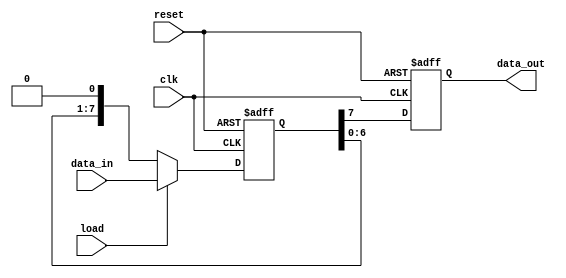
module PISO_Register #(
    parameter WIDTH = 8  // Parameter to define the width of the register
)(
    input wire [WIDTH-1:0] data_in,  // Parallel input data bus
    input wire load,                  // Control signal to load data
    input wire clk,                   // Clock signal
    input wire reset,                 // Asynchronous reset signal
    output reg data_out               // Serial output data line
);

    reg [WIDTH-1:0] shift_reg;        // Internal shift register
    integer i;                         // Loop variable for shifting

    // Asynchronous reset and load operation
    always @(posedge clk or posedge reset) begin
        if (reset) begin
            shift_reg <= {WIDTH{1'b0}}; // Clear the register on reset
            data_out <= 1'b0;           // Ensure output is also cleared
        end else if (load) begin
            shift_reg <= data_in;       // Load parallel data into the shift register
            data_out <= shift_reg[WIDTH-1]; // Output the MSB
        end else begin
            // Shift operation
            data_out <= shift_reg[WIDTH-1]; // Output the MSB
            shift_reg <= {shift_reg[WIDTH-2:0], 1'b0}; // Shift left and introduce 0 at LSB
        end
    end

endmodule